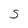
Character: S